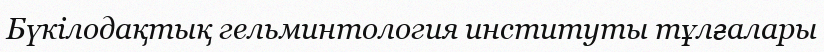
Бүкілодақтық гельминтология институты тұлғалары